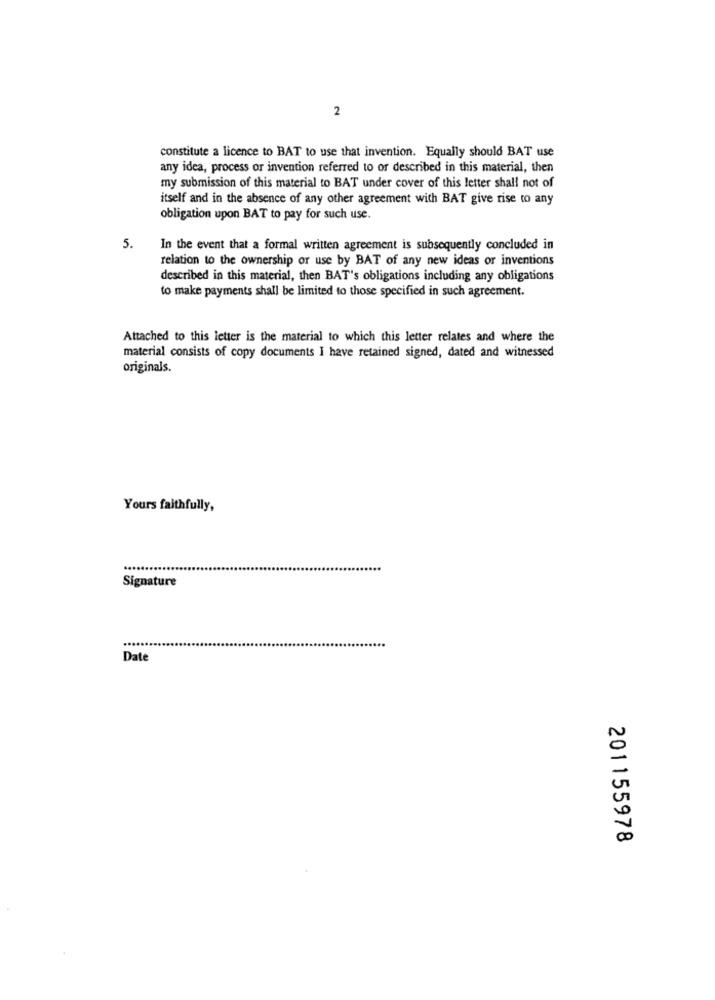
2
constitute a licence to BAT to use that invention. Equally should BAT use
any idea, process or invention referred to or described in this material, then
my submission of this material to BAT under cover of this letter shall not of
itself and in the absence of any other agreement with BAT give rise to any
obligation upon BAT to pay for such use.
5.
In the event that a formal written agreement is subsequently concluded in
relation to the ownership or use by BAT of any new ideas or inventions
described in this material, then BAT's obligations including any obligations
to make payments shall be limited to those specified in such agreement.
Attached to this letter is the material to which this letter relates and where the
material consists of copy documents I have retained signed, dated and witnessed
originals.
Yours faithfully,
Signature
....
Date
N
л
201155978